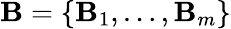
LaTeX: \mathbf{B}=\{ \mathbf{B}_{1},\dots,\mathbf{B}_{m}\}